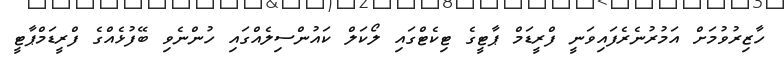
ހާޒިރުވުމަށް އަމުރުނެރެފައިވަނީ ފްރީޑަމް ޕާޓީގެ ޓިކެޓްގައި ލޯކަލް ކައުންސިލެއްގައި ހުންނެވި ބޭފުޅެއްގެ ފްރީޑަމްޕާޓީ